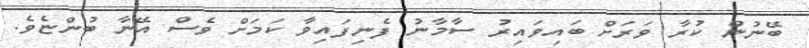
ބޭނުން ކުރާ ވަރަށް ބައިވައިރު ސާމާނު ފެނިފައިވާ ކަމަށް ވެސް އޭނާ ބުންޏެވެ.